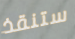
ستنقذ